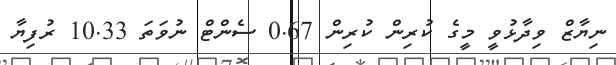
ނިޔާޒް ވިދާޅުވީ މީގެ ކުރިން ކުރިން 0.67 ސެންޓް ނުވަތަ 10.33 ރުފިޔާ